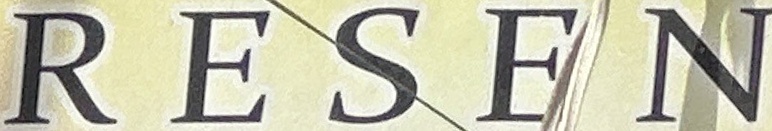
RESEN